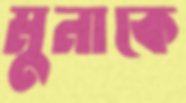
মুনাকে